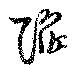
陷